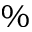
\%